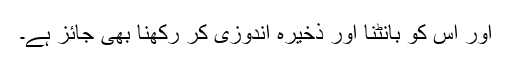
اور اس کو بانٹنا اور ذخیرہ اندوزی کر رکھنا بھی جائز ہے۔